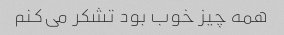
همه چیز خوب بود تشکر می‌کنم